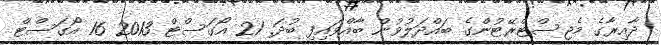
ދާއިރާގެ މެޖިސްޓްރޭޓުންގެ ބައްދަލުވުން ބާއްވައިފި ބުދަ